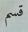
قسم